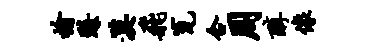
榆臻漠飞瓮合周醇像